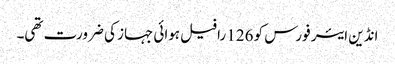
انڈین ایئر فورس کو 126 رافیل ہوائی جہاز کی ضرورت تھی۔